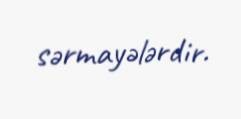
sərmayələrdir.